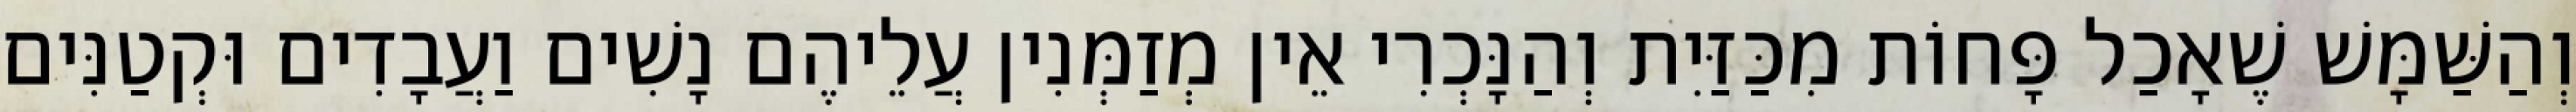
וְהַשַּׁמָּשׁ שֶׁאָכַל פָּחוֹת מִכַּזַּיִת וְהַנָּכְרִי אֵין מְזַמְּנִין עֲלֵיהֶם נָשִׁים וַעֲבָדִים וּקְטַנִּים